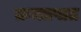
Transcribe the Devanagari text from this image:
क्रमप्रपात